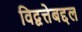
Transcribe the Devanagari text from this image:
विद्वत्तेबद्दल